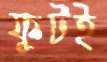
ফুটই